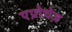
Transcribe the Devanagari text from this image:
एप्रोचेज़